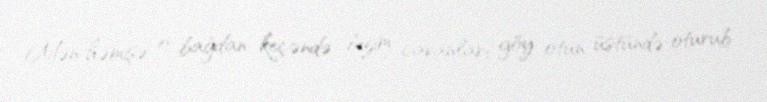
Mən həmişə o bağdan keçəndə bizim cavanları göy otun üstündə oturub